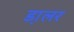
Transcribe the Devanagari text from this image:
डा़लर